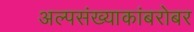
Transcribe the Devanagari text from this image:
अल्पसंख्याकांबरोबर